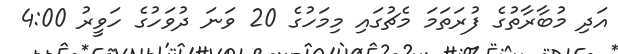
އަދި މުބާރާތުގެ ފުރަތަމަ މެޗުގައި މިމަހުގެ 20 ވަނަ ދުވަހުގެ ހަވީރު 4:00